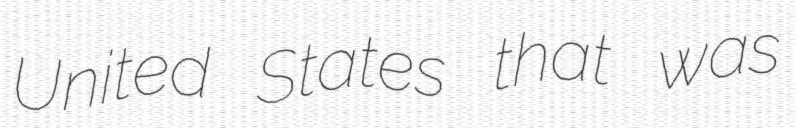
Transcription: United States that was